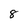
Character: 8